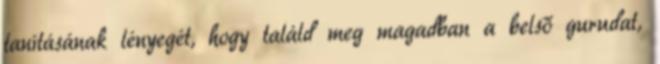
tanításának lényegét, hogy találd meg magadban a belső gurudat,